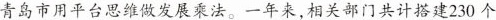
青岛市用平台思维做发展乘法。一年来，相关部门共计搭建230个